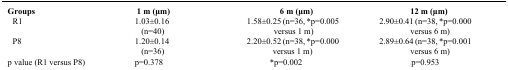
<table><thead><tr><td><b>Groups</b></td><td><b>1 m (μm)</b></td><td><b>6 m (μm)</b></td><td><b>12 m (μm)</b></td></tr></thead><tbody><tr><td>R1</td><td>1.03±0.16 (n=40)</td><td>1.58±0.25 (n=36, *p=0.005 versus 1 m)</td><td>2.90±0.41 (n=38, *p=0.000 versus 6 m)</td></tr><tr><td>P8</td><td>1.20±0.14 (n=36)</td><td>2.20±0.52 (n=38, *p=0.000 versus 1 m)</td><td>2.89±0.64 (n=38, *p=0.001 versus 6 m)</td></tr><tr><td>p value (R1 versus P8)</td><td>p=0.378</td><td>*p=0.002</td><td>p=0.953</td></tr></tbody></table>